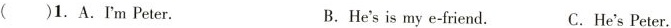
( )1.A.I'm Peter. B.He'sis my e-friend. C. He's Peter.